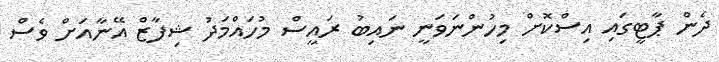
ދެން ޕާޓީގައި އިސްކޮށް މިހުންނަވަނީ ނައިބު ރައީސް މުހައްމަދު ޝިފާޒް އޭނާއަށް ވެސް